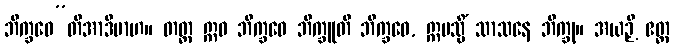
ဘိက္ခဝေ”တိအာဒိမာဟ။ တတ္ထ ဣဓ ဘိက္ခဝေ ဘိက္ခူတိ ဘိက္ခဝေ, ဣမသ္မိံ သာသနေ ဘိက္ခု။ အယဉှိ ဧတ္ထ